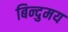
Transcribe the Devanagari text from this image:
बिन्दुमय